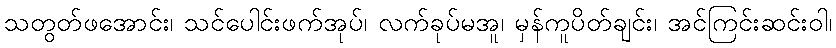
သတွတ်ဖအောင်း၊ သင်ပေါင်းဖက်အုပ်၊ လက်ခုပ်မအူ၊ မှန်ကူပိတ်ချင်း၊ အင်ကြင်းဆင်းဝါ၊